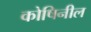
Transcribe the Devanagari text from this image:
कोषिनील